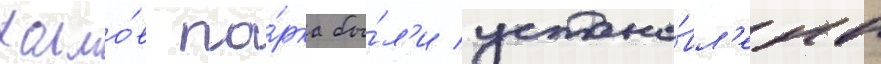
холмо́в па́рка бы́л'и устано́вл'ены